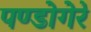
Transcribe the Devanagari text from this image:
पण्डोगेरे